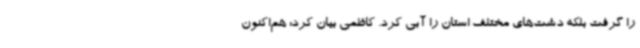
را گرفت بلکه دشت‌های مختلف استان را آبی کرد. کاظمی بیان کرد: هم‌اکنون